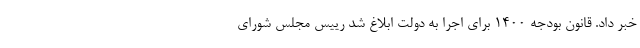
خبر داد. قانون بودجه ۱۴۰۰ برای اجرا به دولت ابلاغ شد رییس مجلس شورای